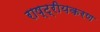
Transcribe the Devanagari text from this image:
राष्‍ट्रीयकरण